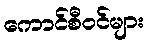
ကောင်စီဝင်များ